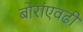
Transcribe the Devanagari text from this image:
बोरांएवढी